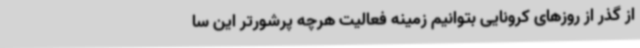
از گذر از روزهای کرونایی بتوانیم زمینه فعالیت هرچه پرشورتر این سا